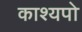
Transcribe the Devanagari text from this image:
काश्यपो